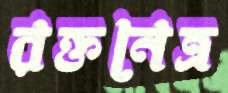
রক্তনেত্র